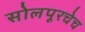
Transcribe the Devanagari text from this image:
सोलपूरचेच